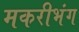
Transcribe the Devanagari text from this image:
मकरीभंग